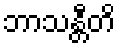
ဘာသန္တီတိ